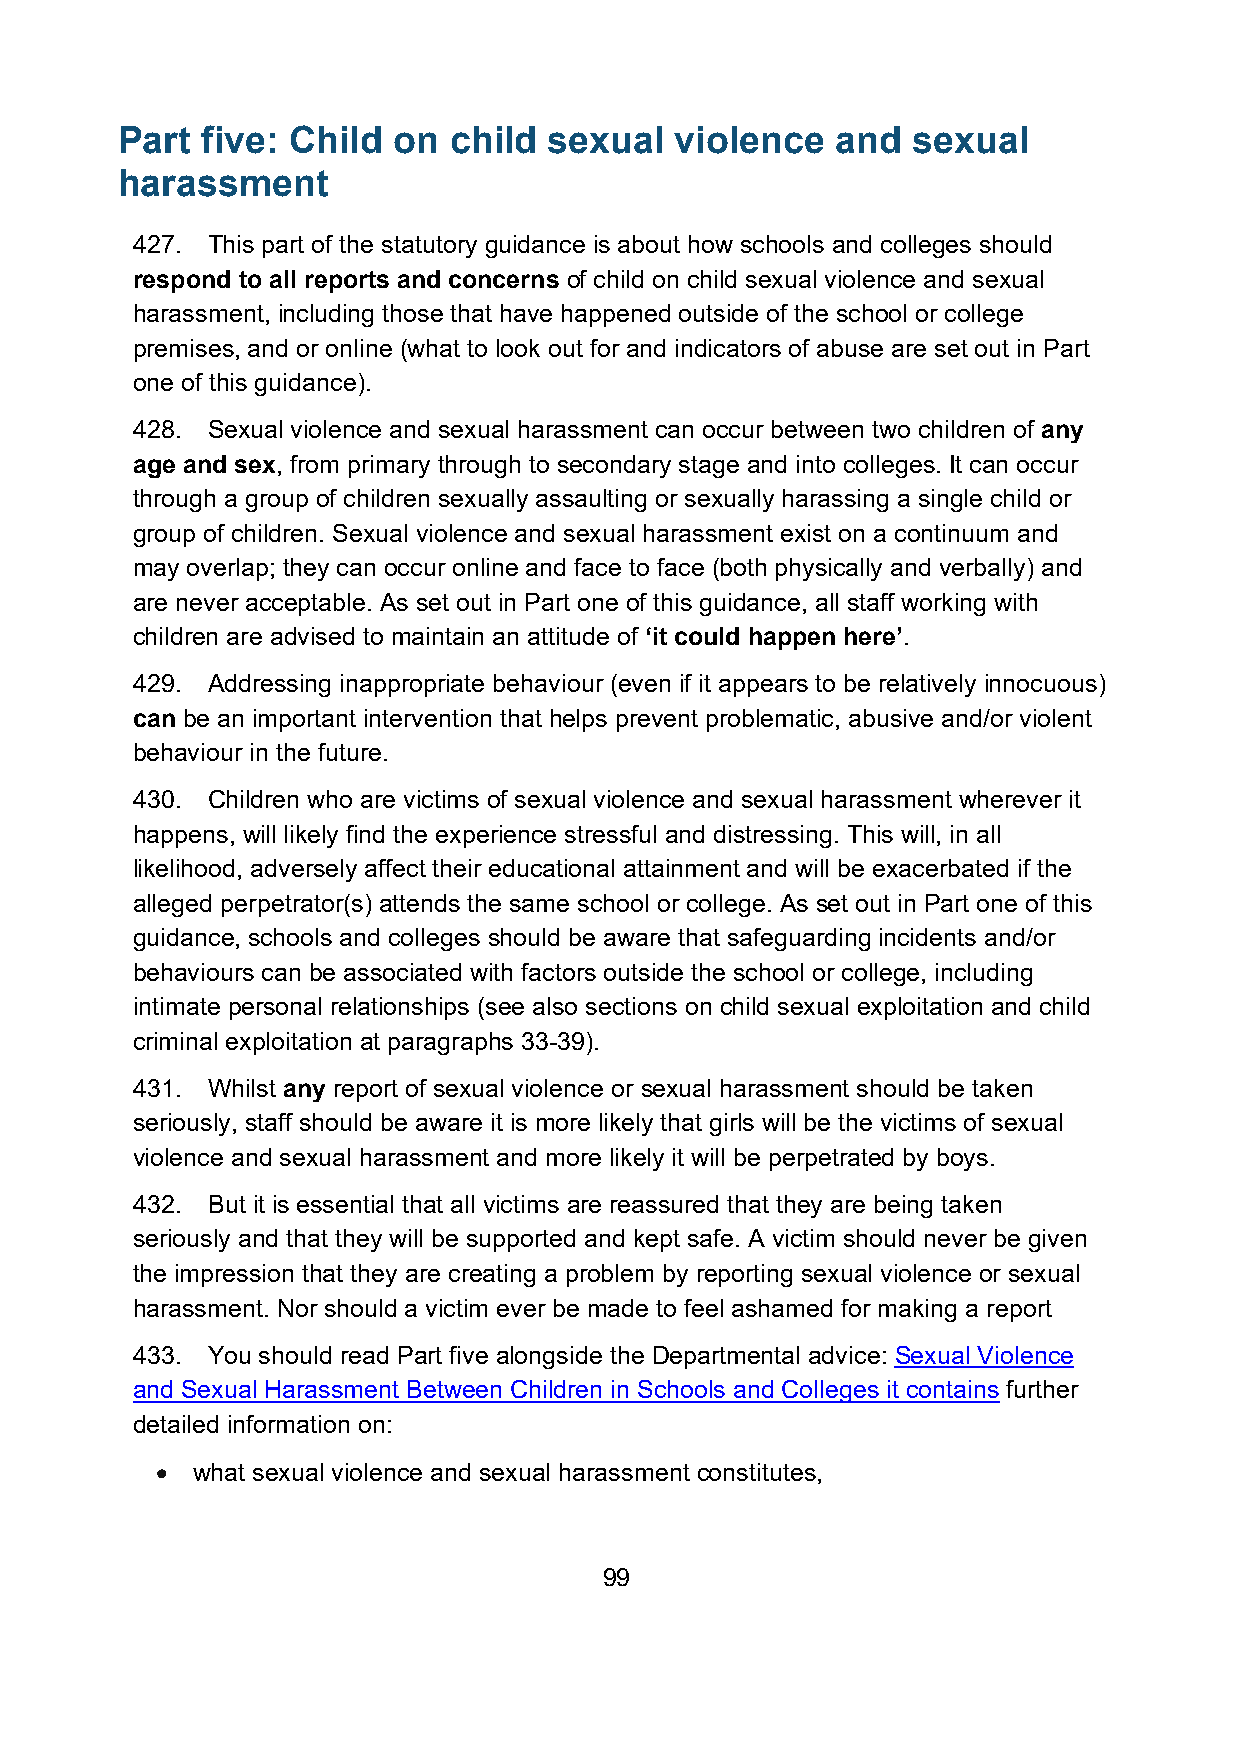
Part five: Child  on  child sexual   violence  and  sexual
 harassment
 427. This part of the statutory guidance is about how schools and colleges should
 respond to all reports and concerns of child on child sexual violence and sexual
 harassment, including those that have happened outside of the school or college
 premises, and or online (what to look out for and indicators of abuse are set out in Part
 one of this guidance).
 428. Sexual violence and sexual harassment can occur between two children of any
 age and sex, from primary through to secondary stage and into colleges. It can occur
 through a group of children sexually assaulting or sexually harassing a single child or
 group of children. Sexual violence and sexual harassment exist on a continuum and
 may overlap; they can occur online and face to face (both physically and verbally) and
 are never acceptable. As set out in Part one of this guidance, all staff working with
 children are advised to maintain an attitude of ‘it could happen here’.
 429. Addressing inappropriate behaviour (even if it appears to be relatively innocuous)
 can be an important intervention that helps prevent problematic, abusive and/or violent
 behaviour in the future.
 430. Children who are victims of sexual violence and sexual harassment wherever it
 happens, will likely find the experience stressful and distressing. This will, in all
 likelihood, adversely affect their educational attainment and will be exacerbated if the
 alleged perpetrator(s) attends the same school or college. As set out in Part one of this
 guidance, schools and colleges should be aware that safeguarding incidents and/or
 behaviours can be associated with factors outside the school or college, including
 intimate personal relationships (see also sections on child sexual exploitation and child
 criminal exploitation at paragraphs 33-39).
 431. Whilst any report of sexual violence or sexual harassment should be taken
 seriously, staff should be aware it is more likely that girls will be the victims of sexual
 violence and sexual harassment and more likely it will be perpetrated by boys.
 432. But it is essential that all victims are reassured that they are being taken
 seriously and that they will be supported and kept safe. A victim should never be given
 the impression that they are creating a problem by reporting sexual violence or sexual
 harassment. Nor should a victim ever be made to feel ashamed for making a report
 433. You should read Part five alongside the Departmental advice: Sexual Violence
 and Sexual Harassment Between Children in Schools and Colleges it contains further
 detailed information on:
 •  what sexual violence and sexual harassment constitutes,
 99